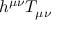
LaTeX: h ^ { \mu \nu } T _ { \mu \nu }